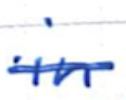
Text: in
Cross-out: single-line
Writing tool: ballpoint